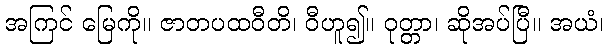
အကြင် မြေကို။ ဇာတပထဝီတိ၊ ဝီဟူ၍။ ဝုတ္တာ၊ ဆိုအပ်ပြီ။ အယံ၊